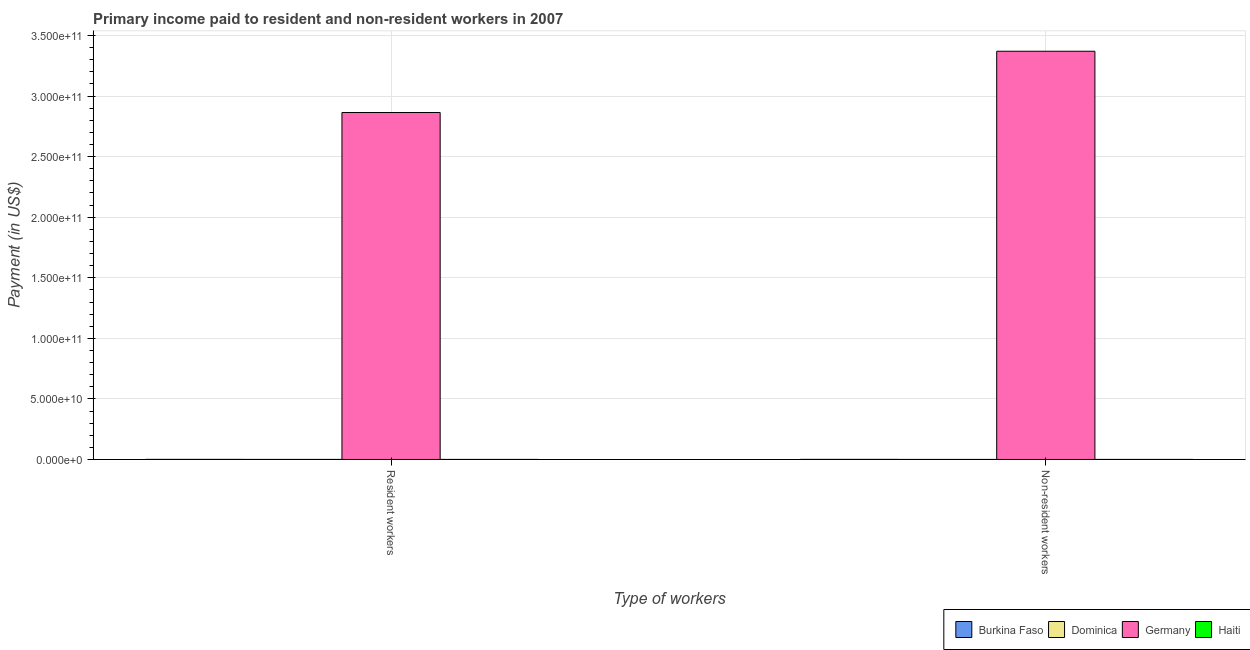
| Type of workers | Burkina Faso | Dominica | Germany | Haiti |
 | --- | --- | --- | --- | --- |
 | Resident workers | 6.57e+07 | 2.82e+07 | 2.86e+11 | 1.96e+07 |
 | Non-resident workers | 6.34e+07 | 8.54e+06 | 3.37e+11 | 2.18e+07 |